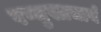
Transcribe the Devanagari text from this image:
षण्मुखाचार्य